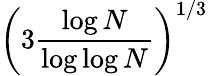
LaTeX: \left(3{\frac{\log N}{\log\log N}}\right)^{1/3}